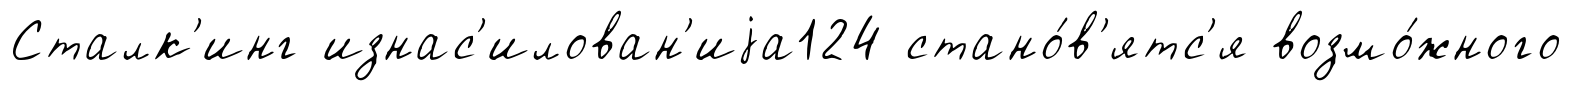
Сталк'инг изнас'илован'иjа124 стано́в'ятс'я возмо́жного